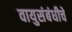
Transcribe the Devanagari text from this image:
वायुसंबंधीचे